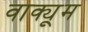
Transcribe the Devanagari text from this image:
वाक्यूम